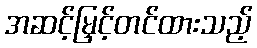
အဆင့်မြှင့်တင်ထားသည့်